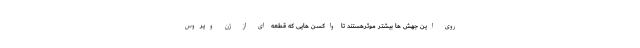
روی این جهش ها بیشتر موثرهستند تا واکسن هایی که قطعه ای از ژن ویروس